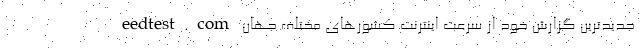
eedtest.com جدیدترین گزارش خود از سرعت اینترنت کشورهای مختلف جهان